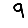
Digit: 9